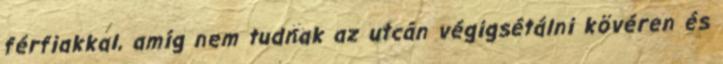
férfiakkal, amíg nem tudnak az utcán végigsétálni kövéren és